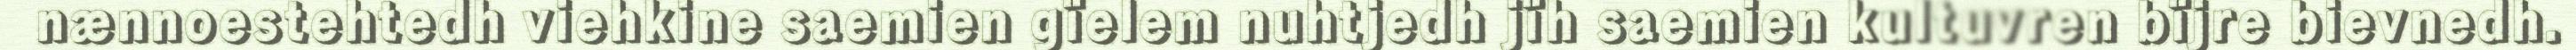
nænnoestehtedh viehkine saemien gïelem nuhtjedh jïh saemien kultuvren bïjre bievnedh.